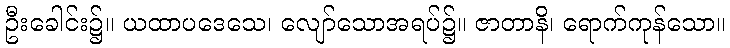
ဦးခေါင်း၌။ ယထာပဒေသေ၊ လျော်သောအရပ်၌။ ဇာတာနိ၊ ရောက်ကုန်သော။